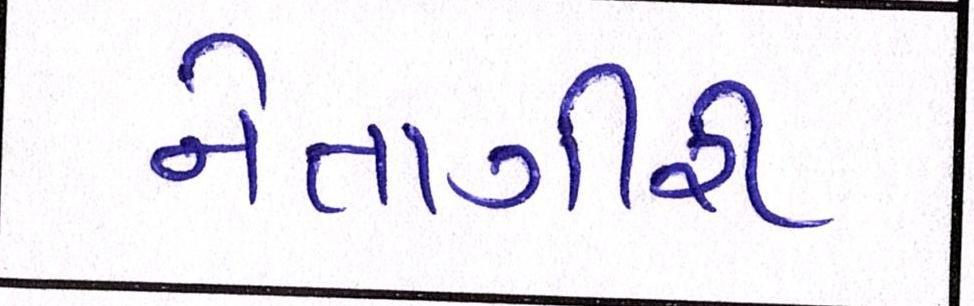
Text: નેતાગીરી